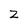
Character: Z